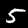
Digit: 5